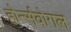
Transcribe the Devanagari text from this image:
होर्न्सवोगल